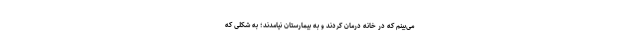
می‌بینم که در خانه درمان کردند و به بیمارستان نیامدند؛ به شکلی که